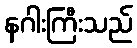
နဂါးကြီးသည်